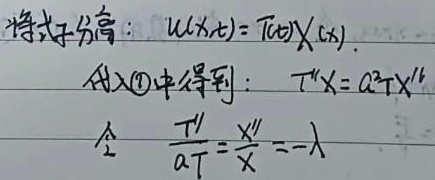
将式子分离：\(u(x,t)=T(t)X(x)\)。代入\textcircled{1}中得到：\(T''X = a^{2}TX''\)，令\(\frac{T'}{aT}=\frac{X''}{X}=-\lambda\)